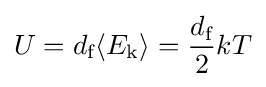
U=d_{\text{f}}\langle E_{\mathrm {k} }\rangle ={\frac {d_{\text{f}}}{2}}kT